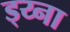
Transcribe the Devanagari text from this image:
ड्य्ना